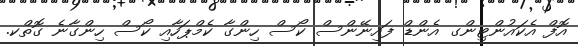
އޮފް އެކައުންޓިންގ އެންޑް ފައިނޭންސް ކޯސް ހިންގާ ކެމްޕަހާއި ކޯސް ހިންގާނެ ގޮތްކ.